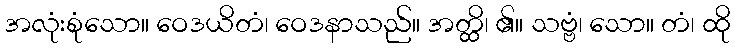
အလုံးစုံသော။ ဝေဒယိတံ၊ ဝေဒနာသည်။ အတ္ထိ၊ ၏။ သဗ္ဗံ၊ သော။ တံ၊ ထို